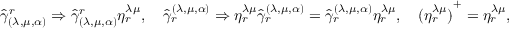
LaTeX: { \hat { \gamma } } _ { ( \lambda , \mu , \alpha ) } ^ { r } \Rightarrow { \hat { \gamma } } _ { ( \lambda , \mu , \alpha ) } ^ { r } \eta _ { r } ^ { \lambda \mu } , \quad { \hat { \gamma } } _ { r } ^ { ( \lambda , \mu , \alpha ) } \Rightarrow \eta _ { r } ^ { \lambda \mu } { \hat { \gamma } } _ { r } ^ { ( \lambda , \mu , \alpha ) } = { \hat { \gamma } } _ { r } ^ { ( \lambda , \mu , \alpha ) } \eta _ { r } ^ { \lambda \mu } , \quad { ( \eta _ { r } ^ { \lambda \mu } ) } ^ { + } = \eta _ { r } ^ { \lambda \mu } ,